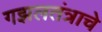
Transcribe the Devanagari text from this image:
गझलतंत्राचे